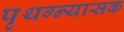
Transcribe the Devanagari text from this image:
पृथग्न्यासक